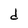
Character: d